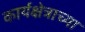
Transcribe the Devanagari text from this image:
कार्यक्षेत्राच्या